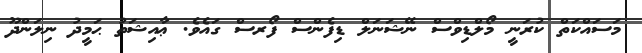
މަސައްކަތް ކުރަނީ މޯލްޑިވްސް ނޭޝަނަލް ޑިފެންސް ފޯރސް ގައެވެ. ޢާއިޝަތު ޙަމީދު ނިލަންދޫ